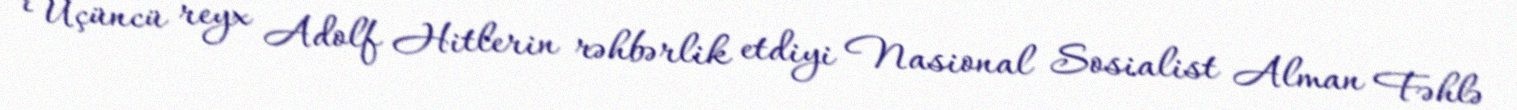
Üçüncü reyx Adolf Hitlerin rəhbərlik etdiyi Nasional Sosialist Alman Fəhlə